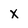
Character: x